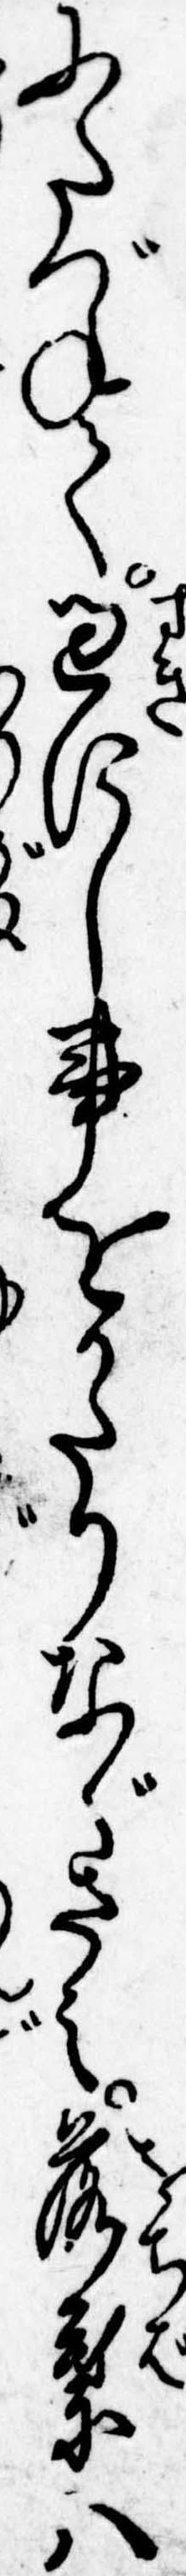
にたづねて過にし事をかたりなぐさみ落葉は